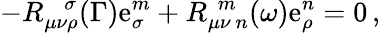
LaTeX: -R_{\mu\nu\rho}^{~~~~\sigma}(\Gamma)\mathrm{e}_{\sigma}^{m}+R_{\mu\nu~n}^{~~m}(\omega)\mathrm{e}_{\rho}^{n}=0\, ,